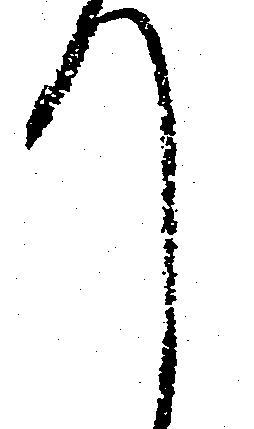
て